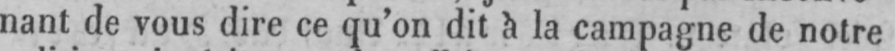
nant de vous dire ce qu’on dit à la campagne de notre